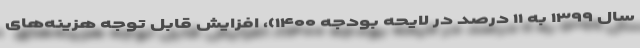
سال ۱۳۹۹ به ۱۱ درصد در لایحه بودجه ۱۴۰۰)، افزایش قابل توجه هزینه‌های